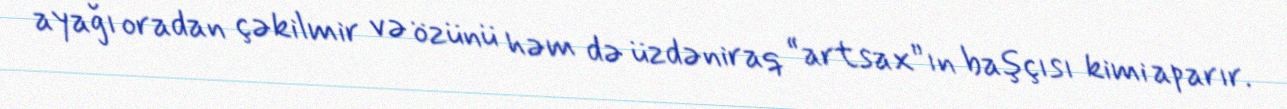
ayağı oradan çəkilmir və özünü həm də üzdəniraq “artsax”ın başçısı kimi aparır.